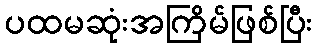
ပထမဆုံးအကြိမ်ဖြစ်ပြီး